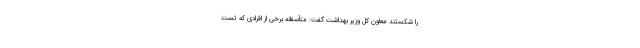
را شکستند معاون کل وزیر بهداشت گفت: متأسفانه برخی از افرادی که تست